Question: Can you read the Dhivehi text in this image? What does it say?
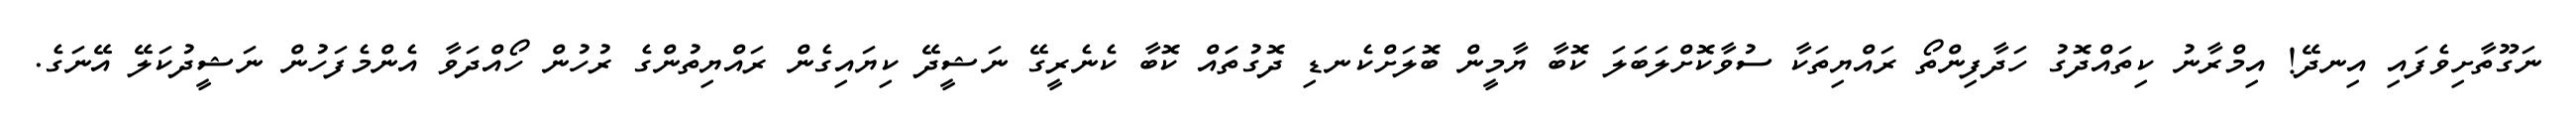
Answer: ނަގޫތާށިވެފައި އިނދޭ! އިމްރާނު ކިތައްދޮގު ހަދާފިންތޯ ރައްޔިތަކާ ސުވާކޮށްލަބަލަ ކޮބާ ޔާމީން ބޮލަށްކެނޑި ދޮގުތަައް ކޮބާ ކެނެރީގޭ ނަޝީދޭ ކިޔައިގެން ރައްޔިތުންގެ ރުހުން ހޯއްދަވާ އެންމެފަހުން ނަޝީދުކަލޭ އޭނަގެ.